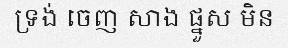
ទ្រង់ ចេញ សាង ផ្នួស មិន